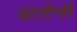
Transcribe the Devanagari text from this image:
बलीची